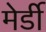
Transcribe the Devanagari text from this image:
मेर्डी